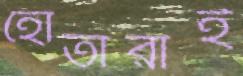
হোতারাই